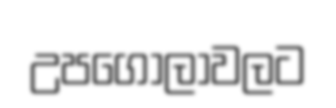
උපගෝලාවලට